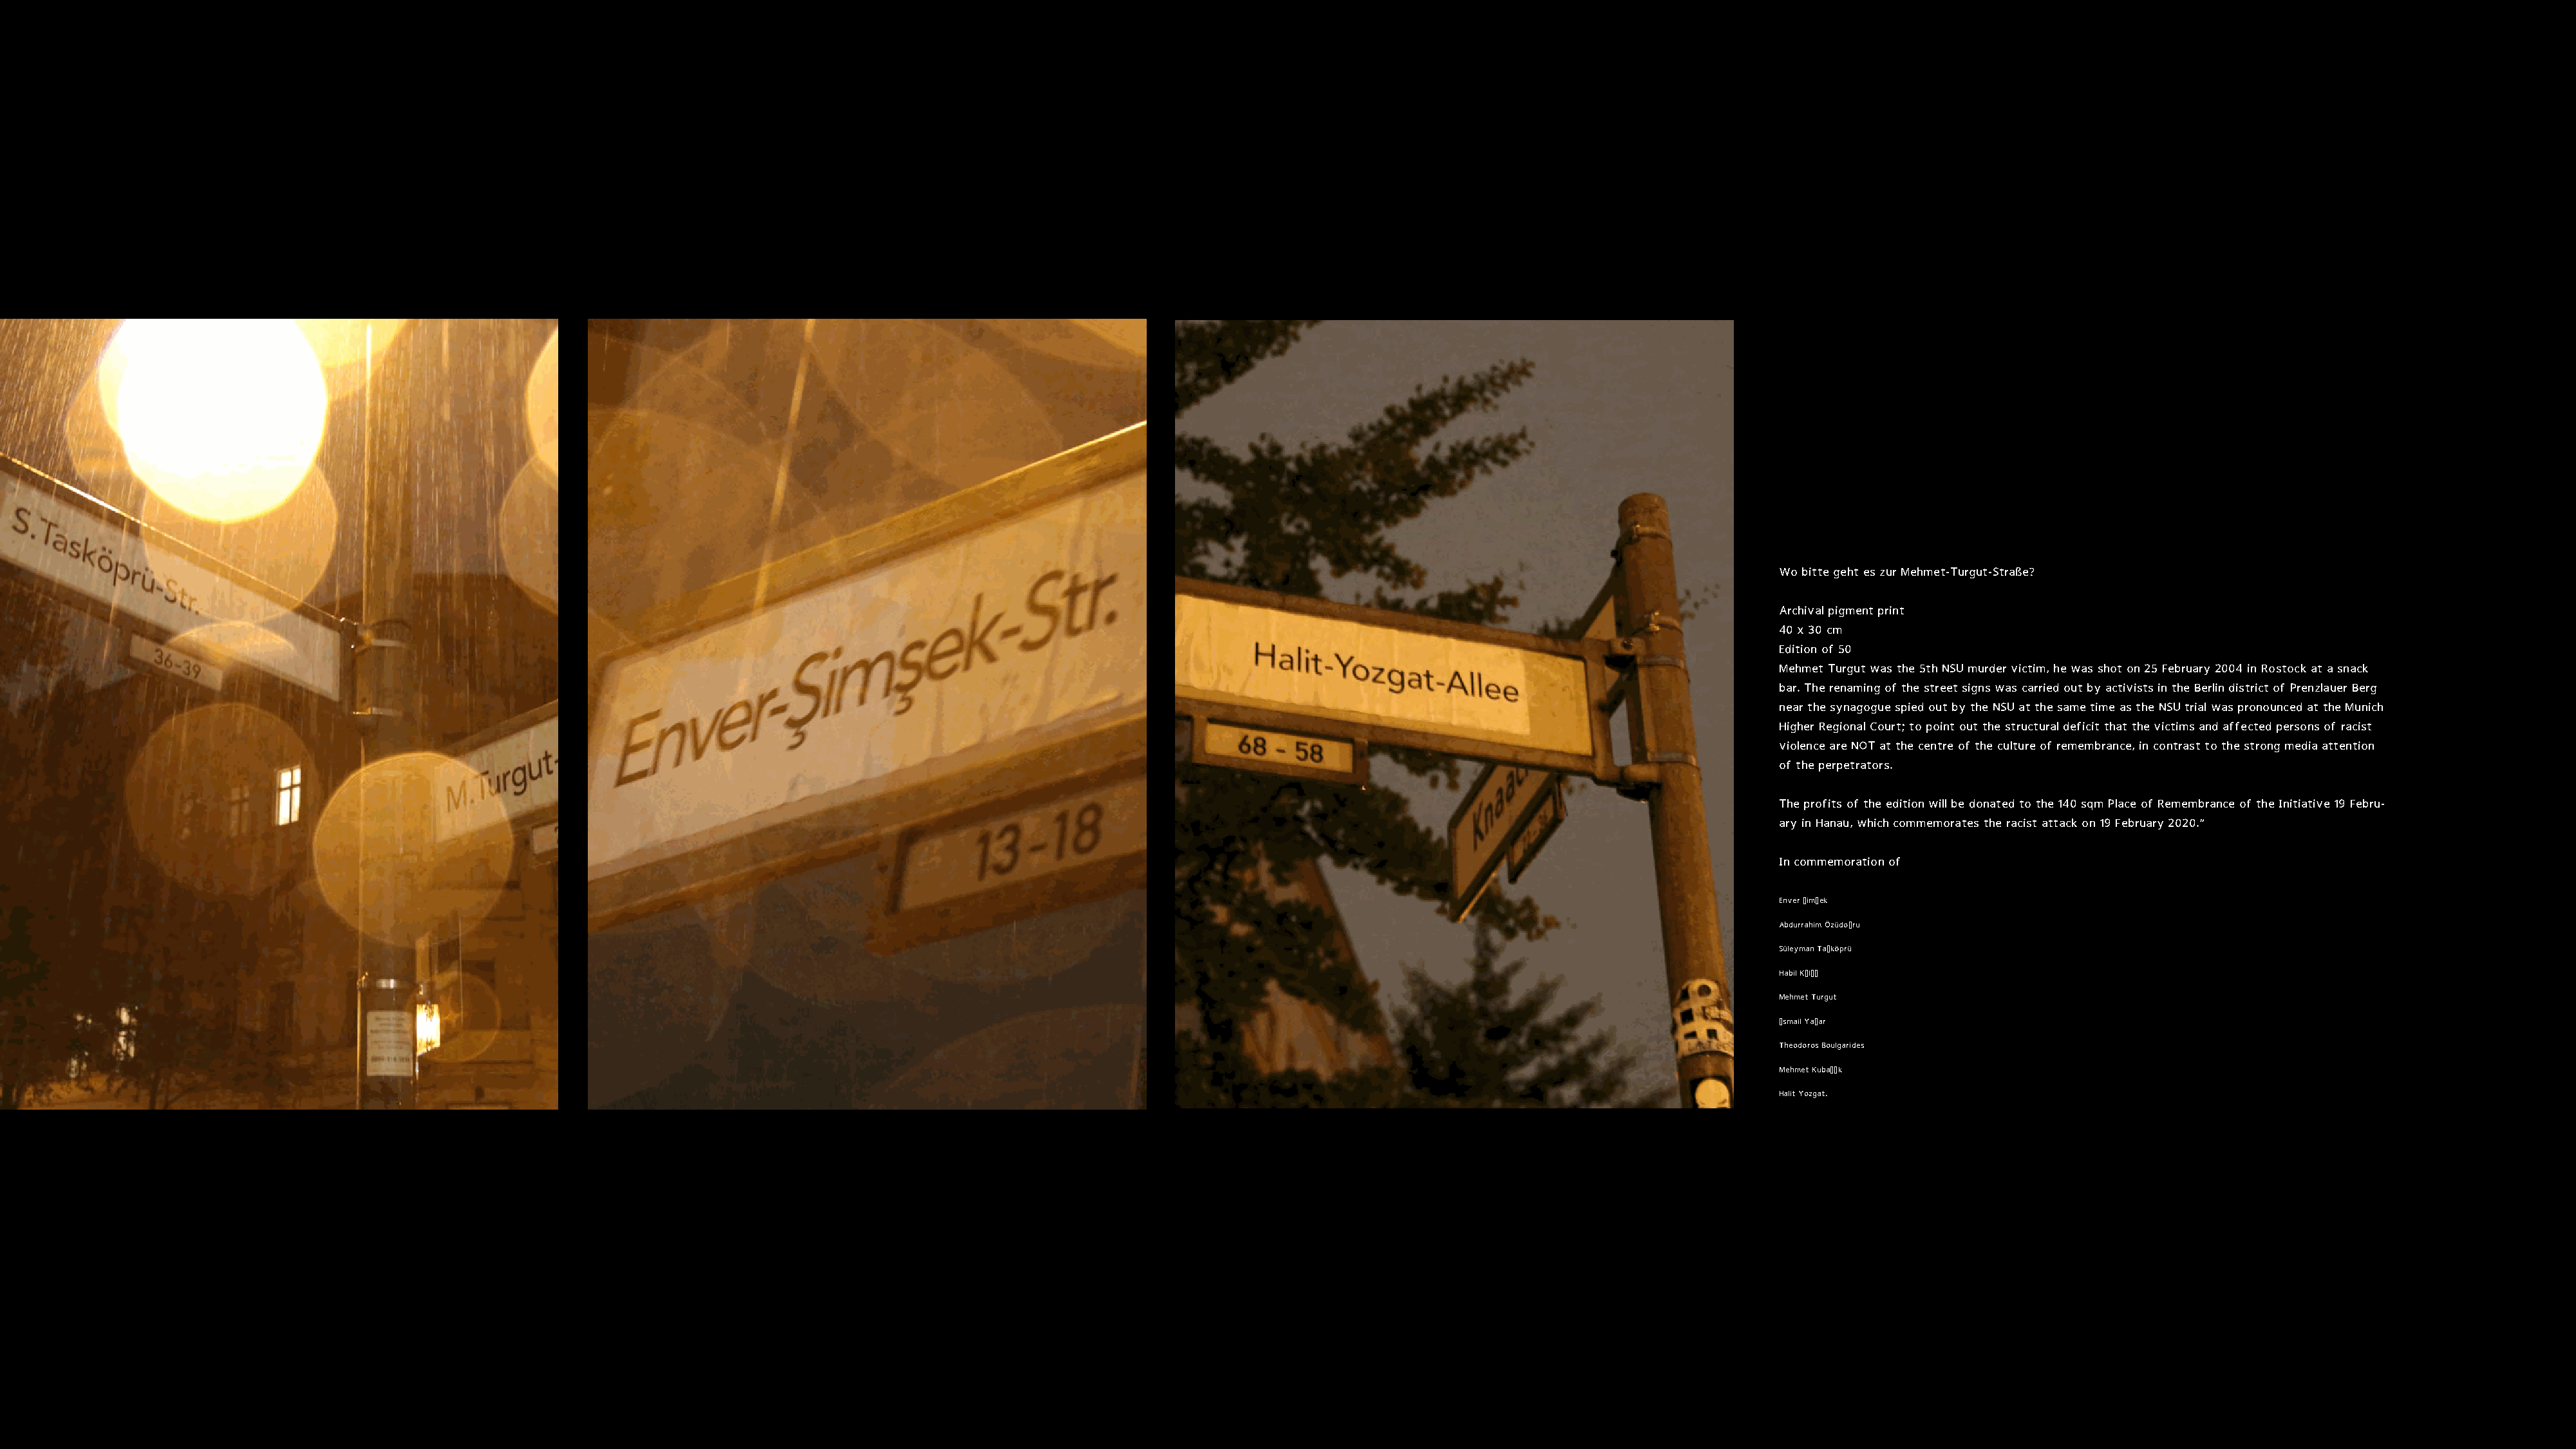
Wo bitte geht es zur Mehmet-Turgut-Straße?
 Archival pigment print
 40 x 30 cm
 Edition of 50
 Mehmet Turgut was the 5th NSU murder victim, he was shot on 25 February 2004 in Rostock at a snack
 bar. The renaming of the street signs was carried out by activists in the Berlin district of Prenzlauer Berg
 near the synagogue spied out by the NSU at the same time as the NSU trial was pronounced at the Munich
 Higher Regional Court; to point out the structural deficit that the victims and affected persons of racist
 violence are NOT at the centre of the culture of remembrance, in contrast to the strong media attention
 of the perpetrators.
 The profits of the edition will be donated to the 140 sqm Place of Remembrance of the Initiative 19 Febru-
 ary in Hanau, which commemorates the racist attack on 19 February 2020.“
 In commemoration of
 Enver ŞimŞek
 Abdurrahim ÖzüdoŞru
 Süleyman TaŞköprü
 Habil KŞlŞŞ
 Mehmet Turgut
 Şsmail YaŞar
 Theodoros Boulgarides
 Mehmet KubaŞŞk
 Halit Yozgat.